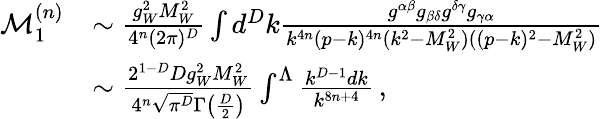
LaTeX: \begin{array}{rl}{\mathcal{M}_{1}^{(n)}}&{\sim\frac{g_{W}^{2}M_{W}^{2}}{4^{n}(2\pi)^{D}}\int d^{D}k\frac{g^{\alpha\beta}g_{\beta\delta}g^{\delta\gamma}g_{\gamma\alpha}}{k^{4n}(p-k)^{4n}(k^{2}-M_{W}^{2})((p-k)^{2}-M_{W}^{2})}}\\ &{\sim\frac{2^{1-D}Dg_{W}^{2}M_{W}^{2}}{4^{n}\sqrt{\pi^{D}}\Gamma\big(\frac{D}{2}\big)}\int^{\Lambda}\frac{k^{D-1}dk}{k^{8n+4}}\, ,}\end{array}